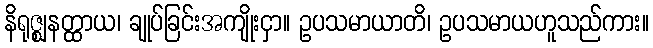
နိရုဇ္ဈနတ္ထာယ၊ ချုပ်ခြင်းအကျိုးငှာ။ ဥပသမာယာတိ၊ ဥပသမာယဟူသည်ကား။